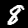
Label: 8